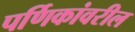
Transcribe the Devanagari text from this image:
पर्णिकांवरील